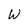
Character: W